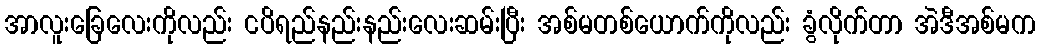
အာလူးခြေလေးကိုလည်း ငပိရည်နည်းနည်းလေးဆမ်းပြီး အစ်မတစ်ယောက်ကိုလည်း ခွံလိုက်တာ အဲဒီအစ်မက